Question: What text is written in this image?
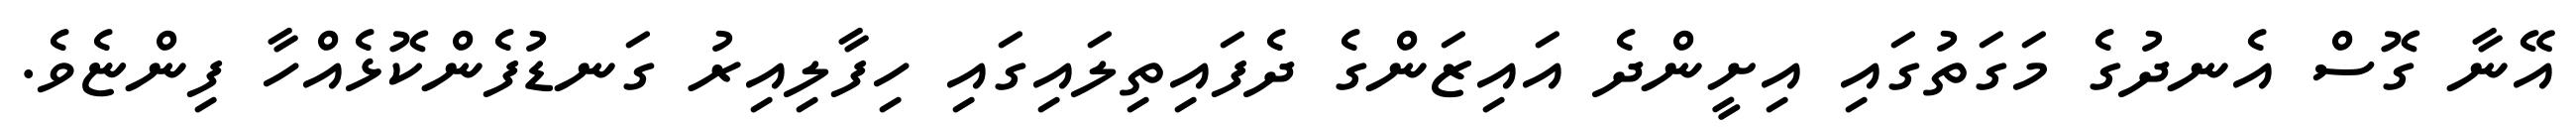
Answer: އޭނާ ގޮސް އެނދުގެ މަގަތުގައި އިށީންދެ އައިޒަންގެ ދެފައިތިލައިގައި ހިފާލިއިރު ގަނޑުފެންކޮޅެއްހާ ފިންޏެވެ.